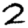
Digit: 2